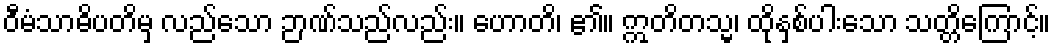
ဝီမံသာဓိပတိမှ လည်သော ဉာဏ်သည်လည်း။ ဟောတိ၊ ၏။ ဣတိတသ္မ၊ ထိုနှစ်ပါးသော သတ္တိကြောင့်။